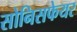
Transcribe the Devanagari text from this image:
सोनिसफेयर